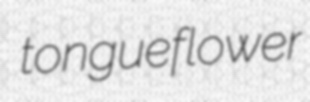
tongueflower